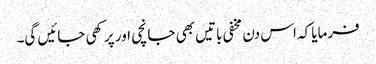
فرمایا کہ اس دن مخفی باتیں بھی جانچی اور پرکھی جائیں گی۔